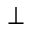
{ \perp }